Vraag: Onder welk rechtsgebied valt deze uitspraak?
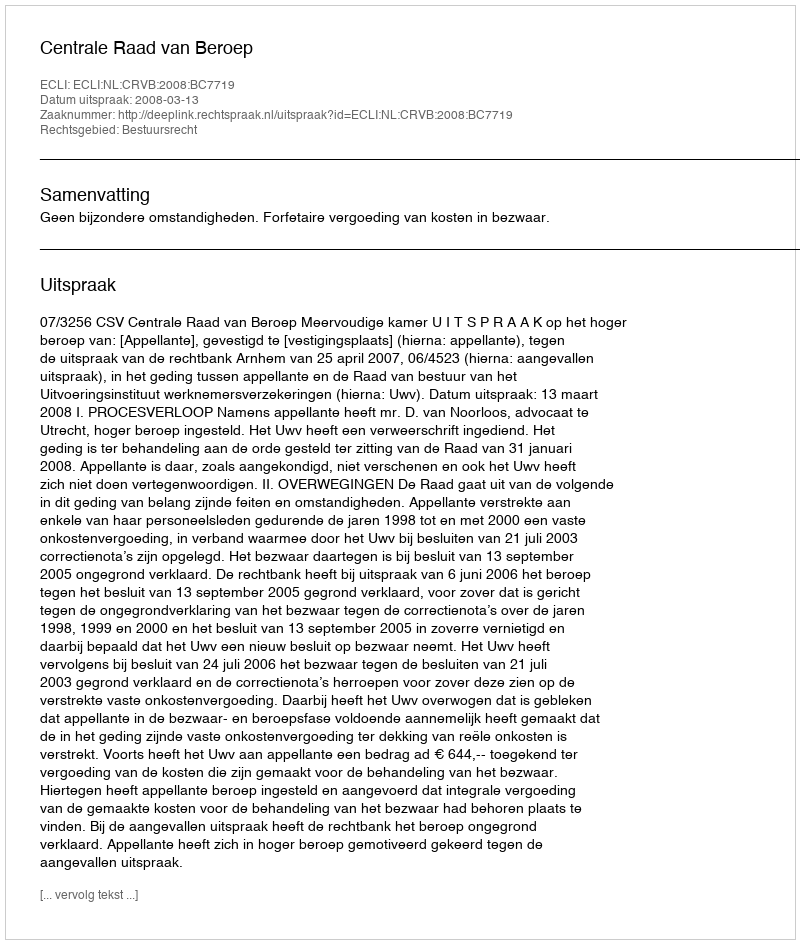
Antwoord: Bestuursrecht